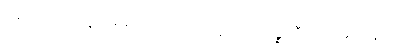
အပ-ပါ-ပ-အုပ်-၈၅၊ ဋ္ဌ-ဒု-အုပ်-၄၀။ ဤပဉ္စသီလသမာဒါနိယ